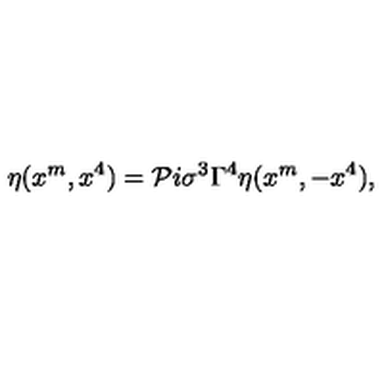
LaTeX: \eta ( x ^ { m } , x ^ { 4 } ) = { \cal P } i \sigma ^ { 3 } \Gamma ^ { 4 } \eta ( x ^ { m } , - x ^ { 4 } ) ,